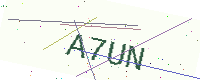
Text: A7UN